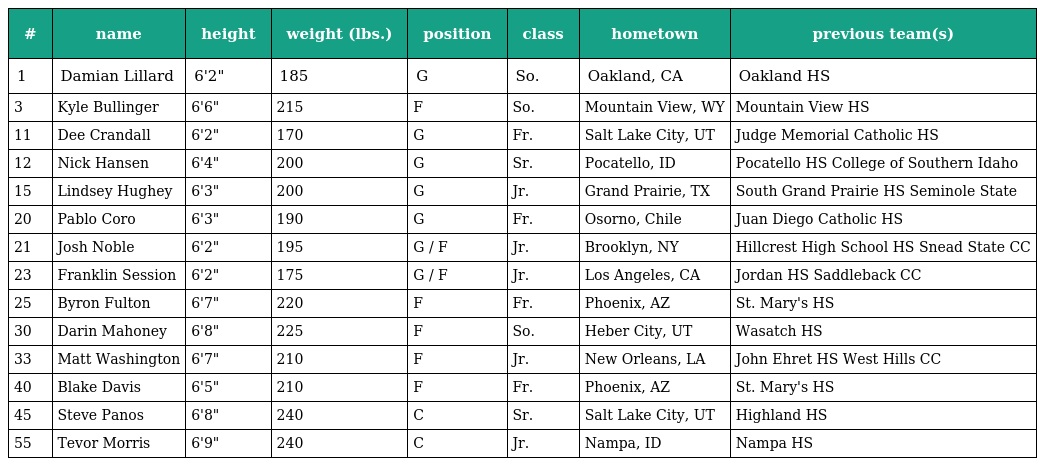
| # | name | height | weight (lbs.) | position | class | hometown | previous team(s) |
 | --- | --- | --- | --- | --- | --- | --- | --- |
 | 1 | Damian Lillard | 6'2" | 185 | G | So. | Oakland, CA | Oakland HS |
 | 3 | Kyle Bullinger | 6'6" | 215 | F | So. | Mountain View, WY | Mountain View HS |
 | 11 | Dee Crandall | 6'2" | 170 | G | Fr. | Salt Lake City, UT | Judge Memorial Catholic HS |
 | 12 | Nick Hansen | 6'4" | 200 | G | Sr. | Pocatello, ID | Pocatello HS College of Southern Idaho |
 | 15 | Lindsey Hughey | 6'3" | 200 | G | Jr. | Grand Prairie, TX | South Grand Prairie HS Seminole State |
 | 20 | Pablo Coro | 6'3" | 190 | G | Fr. | Osorno, Chile | Juan Diego Catholic HS |
 | 21 | Josh Noble | 6'2" | 195 | G / F | Jr. | Brooklyn, NY | Hillcrest High School HS Snead State CC |
 | 23 | Franklin Session | 6'2" | 175 | G / F | Jr. | Los Angeles, CA | Jordan HS Saddleback CC |
 | 25 | Byron Fulton | 6'7" | 220 | F | Fr. | Phoenix, AZ | St. Mary's HS |
 | 30 | Darin Mahoney | 6'8" | 225 | F | So. | Heber City, UT | Wasatch HS |
 | 33 | Matt Washington | 6'7" | 210 | F | Jr. | New Orleans, LA | John Ehret HS West Hills CC |
 | 40 | Blake Davis | 6'5" | 210 | F | Fr. | Phoenix, AZ | St. Mary's HS |
 | 45 | Steve Panos | 6'8" | 240 | C | Sr. | Salt Lake City, UT | Highland HS |
 | 55 | Tevor Morris | 6'9" | 240 | C | Jr. | Nampa, ID | Nampa HS |